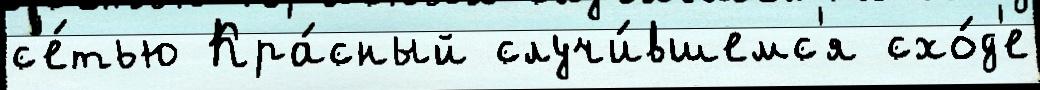
с'е́тью Кра́сный случи́вшемс'я схо́д'е